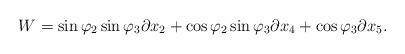
LaTeX: \begin{align*} W=\sin \varphi_{2}\sin \varphi_{3} \partial x_{2}+\cos \varphi_{2}\sin \varphi_{3}\partial x_{4}+\cos \varphi_{3}\partial x_{5}.\end{align*}